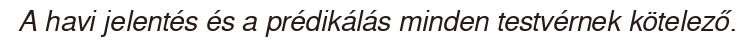
A havi jelentés és a prédikálás minden testvérnek kötelező.